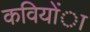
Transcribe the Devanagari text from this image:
कवियोंा